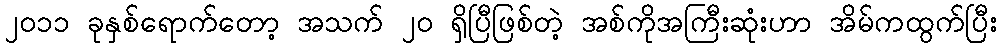
၂၀၁၁ ခုနှစ်ရောက်တော့ အသက် ၂၀ ရှိပြီဖြစ်တဲ့ အစ်ကိုအကြီးဆုံးဟာ အိမ်ကထွက်ပြီး